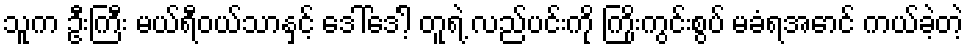
သူက ဦးကြီး မယ်ရီဝယ်သာနှင့် ဒေါ်ဒေါ့် တူရဲ့ လည်ပင်းကို ကြိုးကွင်းစွပ် မခံရအောင် ကယ်ခဲ့တဲ့